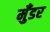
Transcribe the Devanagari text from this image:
मुँडर